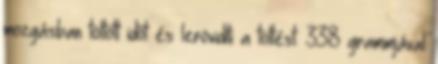
mozgásban töltött időt és lerövidíti a töltést. 338 grammjával